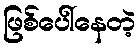
ဖြစ်ပေါ်နေတဲ့